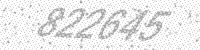
Solution: 822645